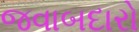
જવાબદારો